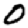
Digit: 0